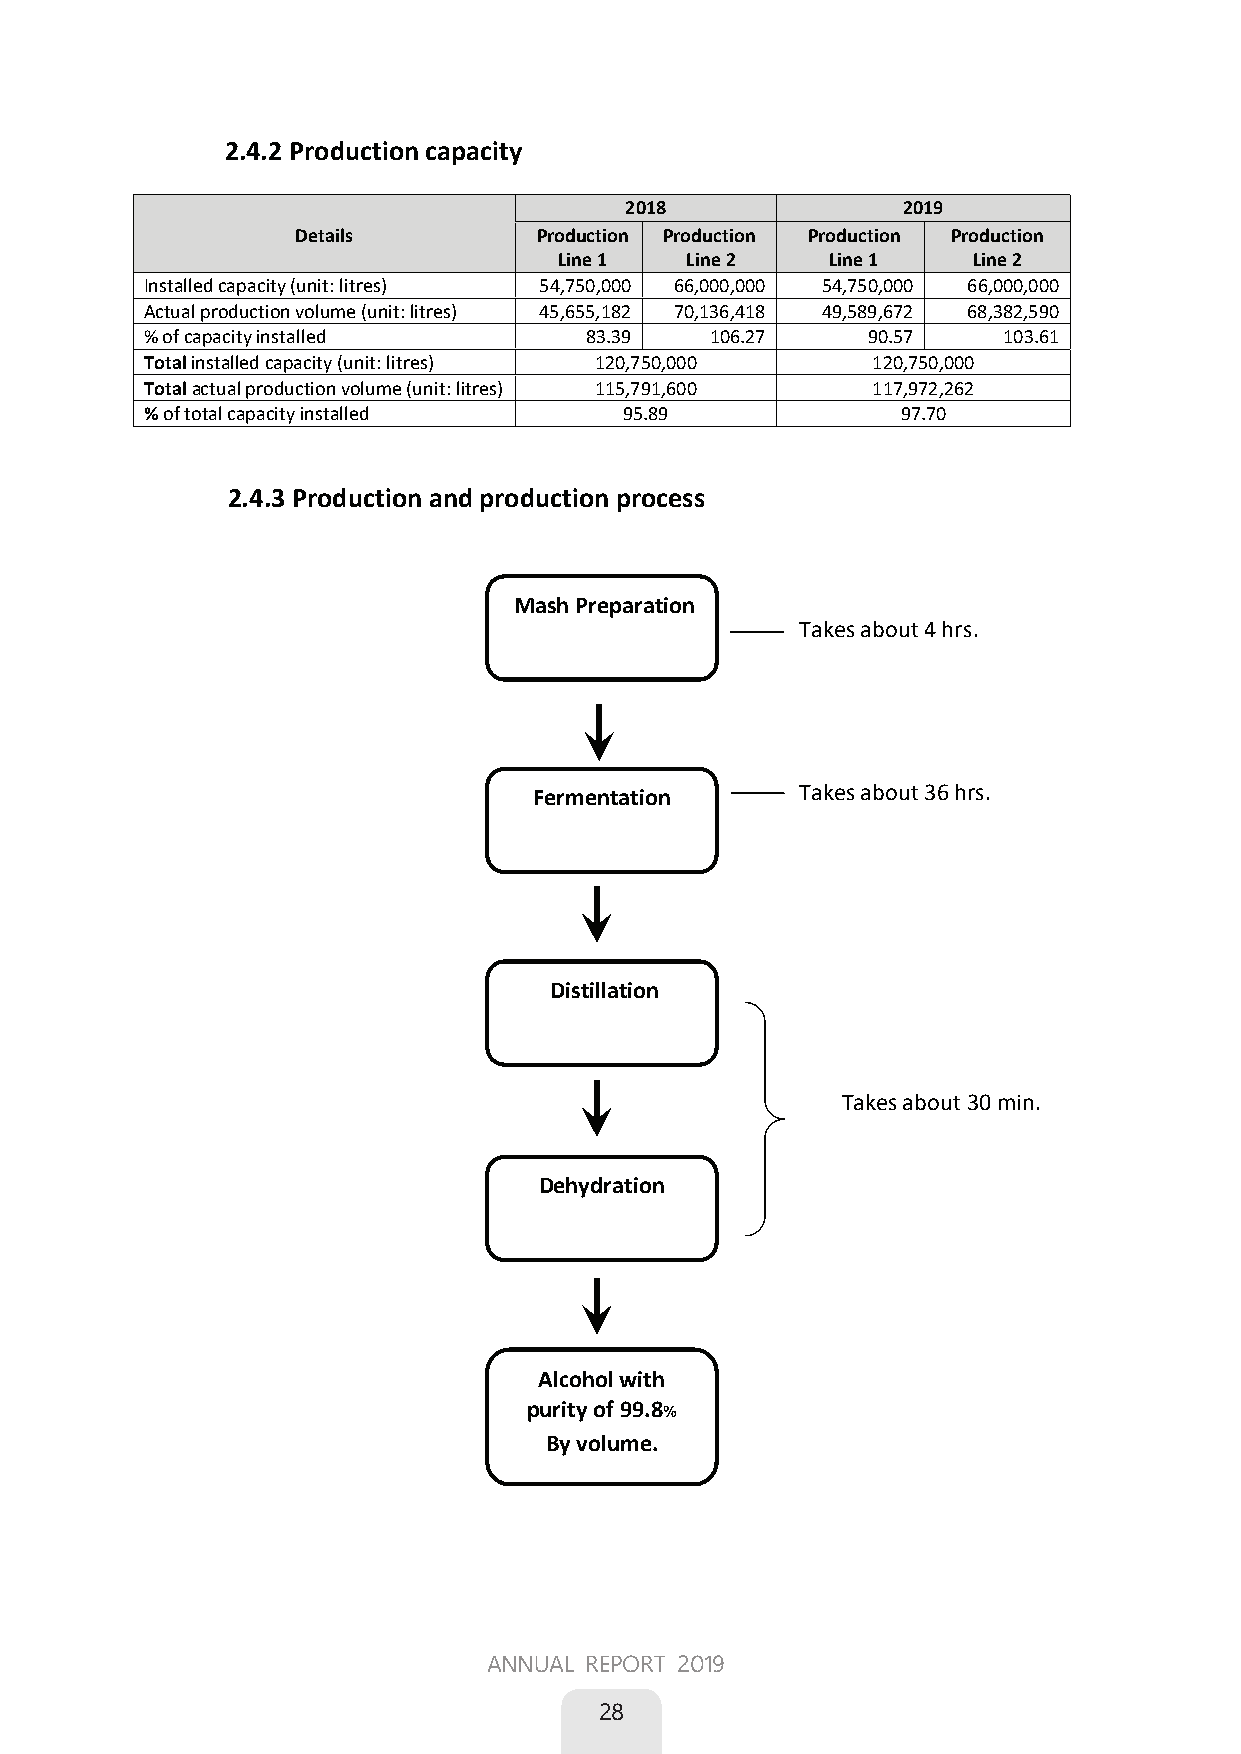
2.4.2 Production capacity
 2018               2019
 Details         Production Production Production Production
 Line 1  Line 2    Line 1   Line 2
 Installed capacity (unit: litres) 54,750,000 66,000,000 54,750,000 66,000,000
 Actual production volume (unit: litres) 45,655,182 70,136,418 49,589,672 68,382,590
 % of capacity installed      83.39   106.27    90.57    103.61
 Total installed capacity (unit: litres) 120,750,000 120,750,000
 Total actual production volume (unit: litres) 115,791,600 117,972,262
 % of total capacity installed  95.89              97.70
 2.4.3 Production and production process
 Mash Preparation
 Takes about 4 hrs.
 Fermentation
 Takes about 36 hrs.
 Distillation
 Takes about 30 min.
 Dehydration
 Alcohol with
 purity of 99.8%
 By volume.
 20
 ANNUAL REPORT 2019
 28